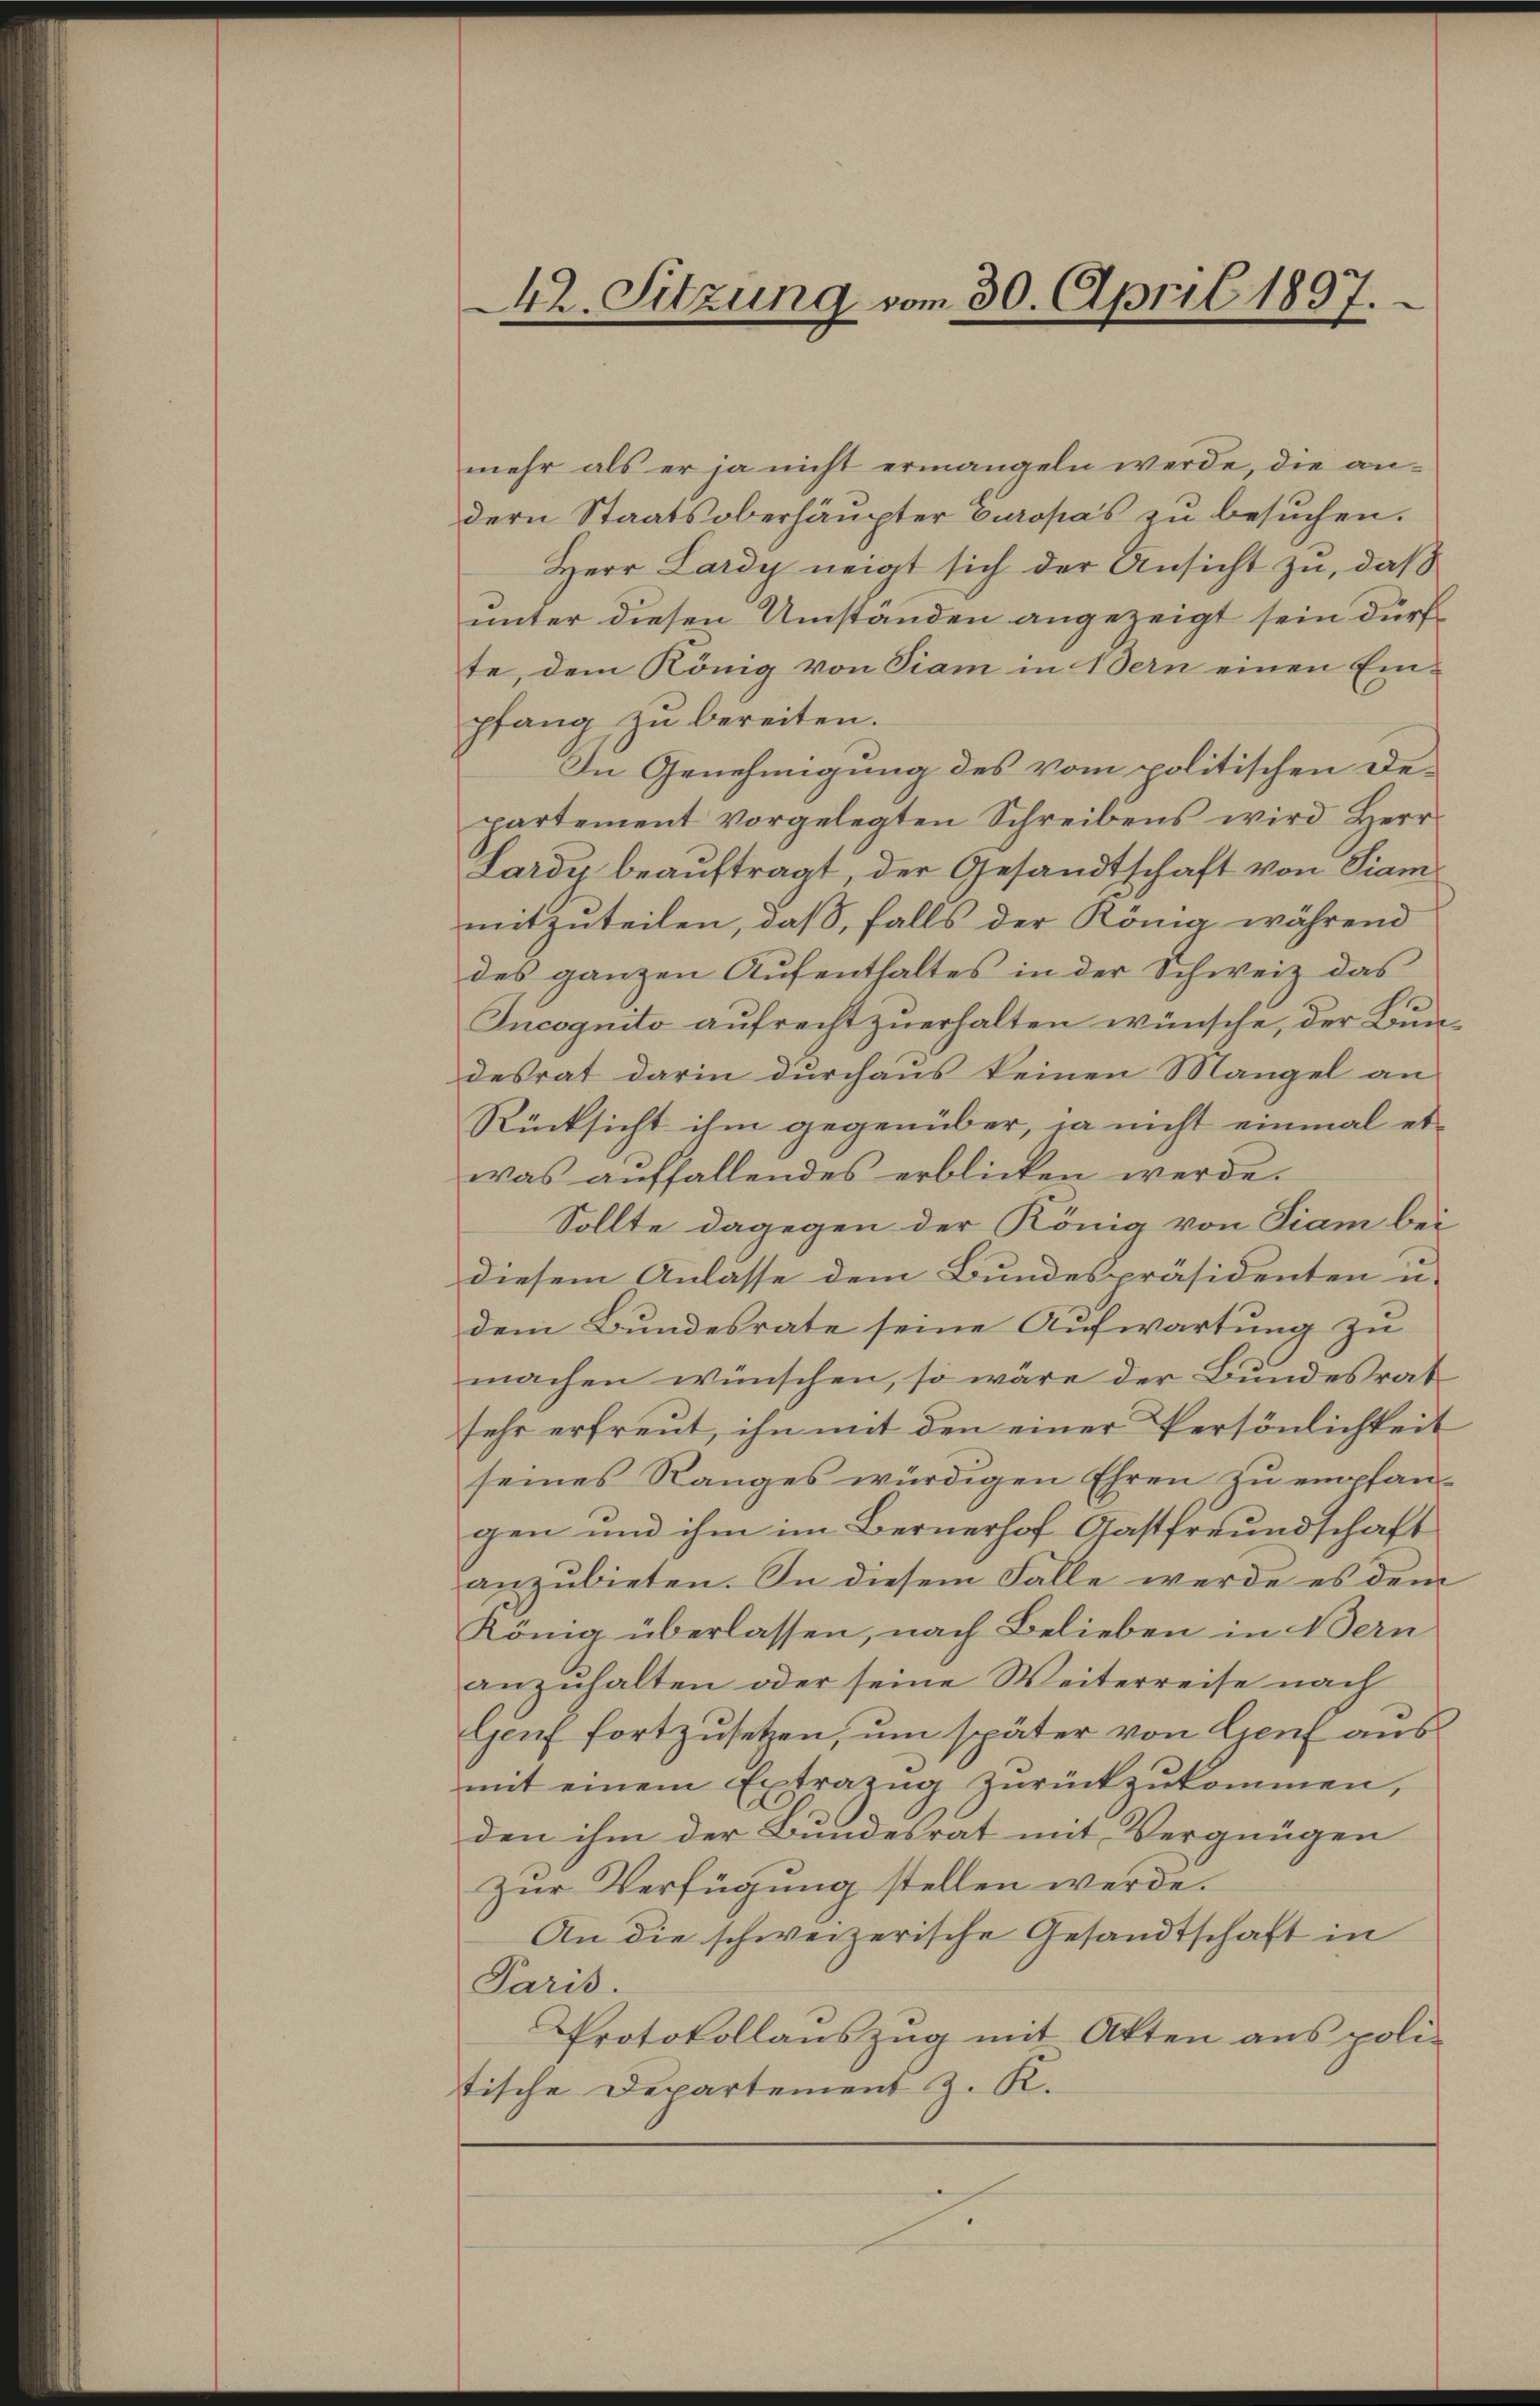
42. Sitzung vom 30. April 1897.

mehr als er ja nicht ermangeln werde, die andern Staatsoberhäupter Europa's zu besuchen.
Herr Lardy neigt sich der Ansicht zu, daß
unter diesen Umständen angezeigt sein dürfte, dem König von Piam in Bern einen Ein-
pfang zu bereiten.
In Genehmigung des vom politischen Departement vorgelegten Schreibens wird Herr
Lardy beauftragt der Gesandtschaft von Viam
mitzuteilen, daß, falls der König während
des ganzen Aufenthaltes in der Schweiz das
Incognito aufrecht zuerhalten wünsche, der Bundesrat darin durchaus keinen Mangel an
Rücksicht ihm gegenüber, ja nicht einmal et-
was auffallendes erblicken werde.
Sollte dagegen der König von Siam bei
diesem Anlasse dem Bundespräsidenten in
dem Bundesrate seine Aufwartung zu
machen wünschen, so wäre der Bundesrat
sehr erfreut, ihn mit den einer Persönlichkeit
seines Ranges würdigen Ehren zu empfangen und ihm im Bernerhof Gastfreundschaft
anzubieten. In diesem Falle werde es dem
König überlassen, nach Belieben in Bern
anzuhalten oder seine Weiterreise nach
Genf fortzusetzen, um später von Genf ausmit einem Extrazŭg zŭrückzŭkommen,
den ihm der Bundesrat mit Vergnügen
zur Verfügung stellen werde.
An die schweizerische Gesandtschaft in
Paris.
Protokollauszug mit Akten aus poli-
tische Departement z. K.